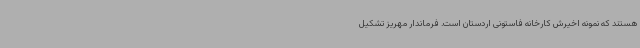
هستند که نمونه اخیرش کارخانه فاستونی اردستان است. فرماندار مهریز تشکیل